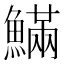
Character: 𩺴